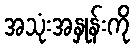
အသုံးအနှုန်းကို